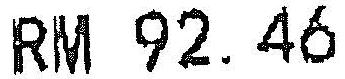
RM 92.46